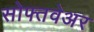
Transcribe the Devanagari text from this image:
सोफ्तवेअर